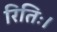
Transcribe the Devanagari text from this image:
रितिः।